Lunatic asylums in Bengal annual reports 1899-1911 - 1899-1911
Year: 1899
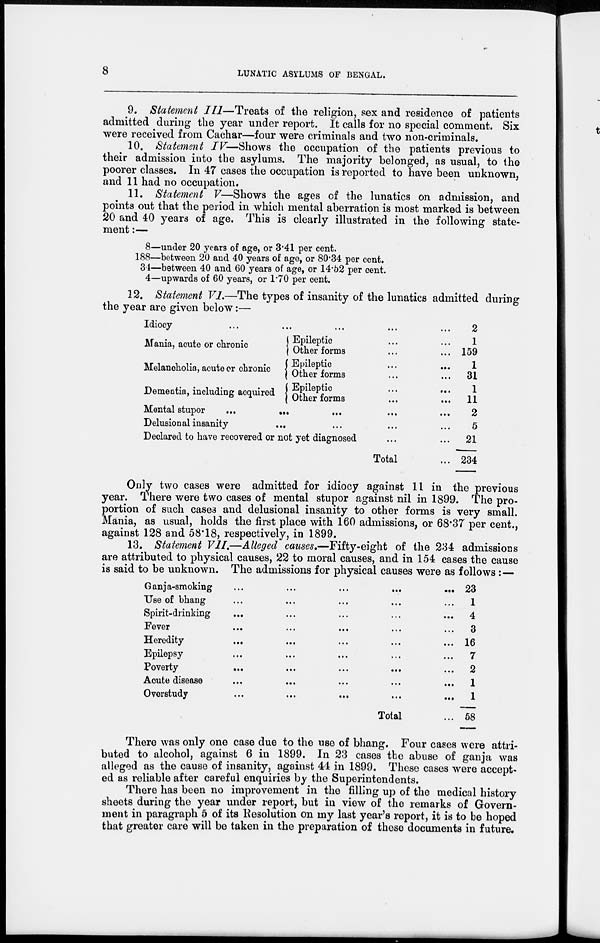
8
LUNATIC ASYLUMS OF BENGAL.
9. Statement III—Treats of the religion, sex and residence of patients
admitted during the year under report. It calls for no special comment. Six
were received from Cachar—four were criminals and two non-criminals.
10. Statement IV—Shows the occupation of the patients previous to
their admission into the asylums. The majority belonged, as usual, to the
poorer classes. In 47 cases the occupation is reported to have been unknown,
and 11 had no occupation.
11. Statement V—Shows the ages of the lunatics on admission, and
points out that the period in which mental aberration is most marked is between
20 and 40 years of age. This is clearly illustrated in the following state-
ment :—
8—under 20 years of age, or 3.41 per cent.
188—between 20 and 40 years of age, or 80.34 per cent.
34—between 40 and 60 years of age, or 14.52 per cent.
4—upwards of 60 years, or 1.70 per cent.
12. Statement VI.—The types of insanity of the lunatics admitted during
the year are given below:—
Idiocy
...
...
...
...
...
...
Mania, acute or chronic
Melancholia, acute or chronic
Dementia, including acquired
Epileptic ... ...
Other forms ... ...
Epileptic
...
...
Other forms ... ...
Epileptic ... ...
Other forms ... ...
Mental stupor
...
...
... ... ...
Delusional insanity ... ... ... ...
Declared to have recovered or not yet diagnosed ... ...
Total ...
2
1
159
1
31
1
11
2
5
21
234
Only two cases were admitted for idiocy against 11 in the previous
year. There were two cases of mental stupor against nil in 1899. The pro-
portion of such cases and delusional insanity to other forms is very small.
Mania, as usual, holds the first place with 160 admissions, or 68.37 per cent.,
against 128 and 58.18, respectively, in 1899.
13. Statement VII.—Alleged causes.—Fifty-eight of the 234 admissions
are attributed to physical causes, 22 to moral causes, and in 154 cases the cause
is said to be unknown. The admissions for physical causes were as follows:—
Ganja-smoking
...
...
...
...
...
Use of bhang ... ... ... ... ...
Spirit-drinking ... ... ... ... ...
Fever ... ... ... ... ... ...
Heredity ... ... ... ... ...
Epilepsy ... ... ... ... ...
Poverty
...
...
...
...
...
Acute disease ... ... ... ... ...
Overstudy
...
...
...
...
...
Total ...
23
1
4
3
16
7
2
1
1
58
There was only one case due to the use of bhang. Four cases were attri-
buted to alcohol, against 6 in 1899. In 23 cases the abuse of ganja was
alleged as the cause of insanity, against 44 in 1899. These cases were accept-
ed as reliable after careful enquiries by the Superintendents.
There has been no improvement in the filling up of the medical history
sheets during the year under report, but in view of the remarks of Govern-
ment in paragraph 5 of its Resolution on my last year's report, it is to be hoped
that greater care will be taken in the preparation of these documents in future.